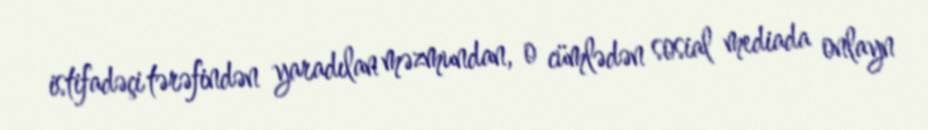
istifadəçi tərəfindən yaradılan məzmundan, o cümlədən sosial mediada onlayn